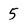
Character: 5